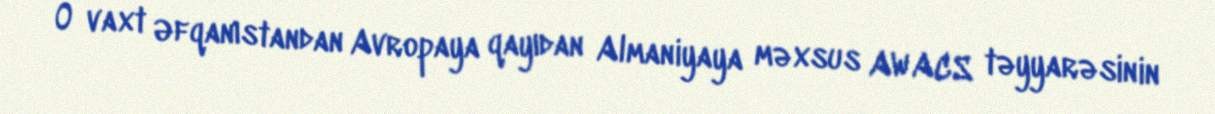
O vaxt Əfqanıstandan Avropaya qayıdan Almaniyaya məxsus AWACS təyyarəsinin